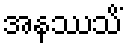
အနဿသိံ